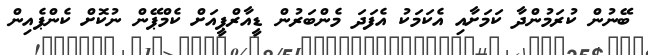
ބޭނުން ކުރަމުންދާ ކަމަށާއި އެކަމަކު އެފަދަ މެންބަރުން ޑީއާރްޕީއަށް ކެމްޕޭން ނުކޮށް ކެންޕެއިން